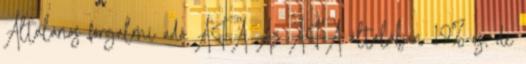
Általános forgalmi adó ÁFA Az ÁFA általában 19%-os, de